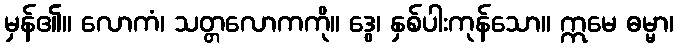
မှန်၏။ လောကံ၊ သတ္တလောကကို။ ဒွေ၊ နှစ်ပါးကုန်သော။ ဣမေ ဓမ္မာ၊